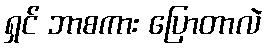
ရှင် ဘာစကား ပြောတာလဲ